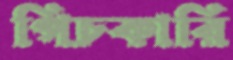
পিচকারি